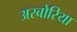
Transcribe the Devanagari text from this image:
अरबोरिया